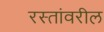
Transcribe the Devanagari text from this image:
रस्तांवरील